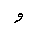
Letter: _waw